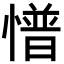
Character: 𢢏